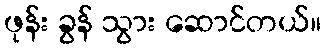
ဖုန်း ခွန် သွား ဆောင်တယ်။